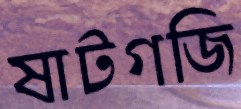
ষাটগজি